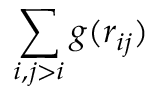
\sum _ { i , j > i } g ( r _ { i j } )